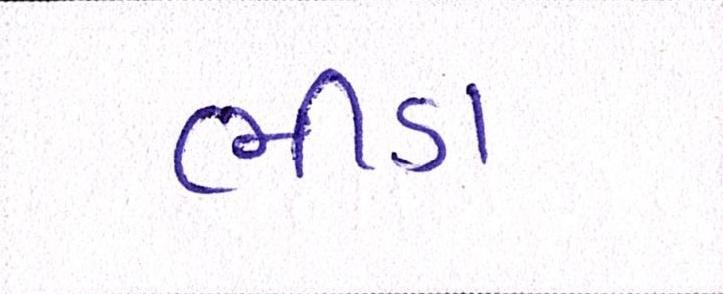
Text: ભીંડા